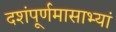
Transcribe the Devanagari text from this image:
दशंपूर्णमासाभ्यां